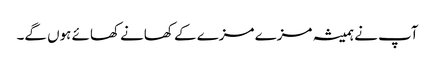
آپ نے ہمیشہ مزے مزے کے کھانے کھائے ہوں گے۔